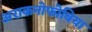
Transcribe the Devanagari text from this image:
अराकनोफोबिया